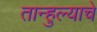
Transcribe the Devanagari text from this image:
तान्हुल्याचे